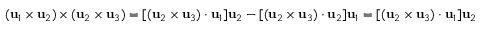
( \mathbf { u } _ { 1 } \times \mathbf { u } _ { 2 } ) \times ( \mathbf { u } _ { 2 } \times \mathbf { u } _ { 3 } ) = [ ( \mathbf { u } _ { 2 } \times \mathbf { u } _ { 3 } ) \cdot \mathbf { u } _ { 1 } ] \mathbf { u } _ { 2 } - [ ( \mathbf { u } _ { 2 } \times \mathbf { u } _ { 3 } ) \cdot \mathbf { u } _ { 2 } ] \mathbf { u } _ { 1 } = [ ( \mathbf { u } _ { 2 } \times \mathbf { u } _ { 3 } ) \cdot \mathbf { u } _ { 1 } ] \mathbf { u } _ { 2 }